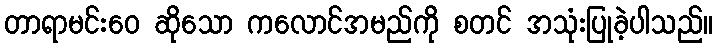
တာရာမင်းဝေ ဆိုသော ကလောင်အမည်ကို စတင် အသုံးပြုခဲ့ပါသည်။